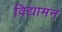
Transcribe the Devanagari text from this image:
विद्यामन